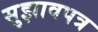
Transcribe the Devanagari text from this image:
सुझावपत्र